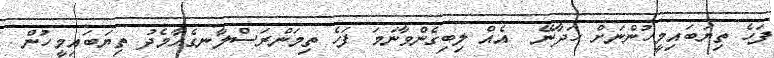
ފަހެ ތިޔަބައިމީހުންނަށް ހަދާނޭ  އެއް ލިބިގެންވާނަމަ ފަހެ ތިމަންރަސްލާނގެއާމެދު ތިޔަބައިމީހުން